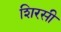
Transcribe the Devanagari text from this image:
शिरसी